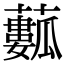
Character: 𧁾